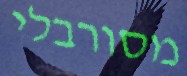
מסורבלי